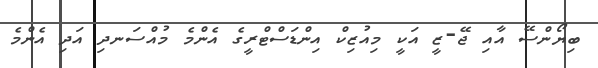
ބިޔޯންސޭ އާއި ޖޭ-ޒީ އަކީ މިއުޒިކް އިންޑަސްޓްރީގެ އެންމެ މުއްސަނދި އަދި އެންމެ